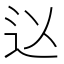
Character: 𮞃